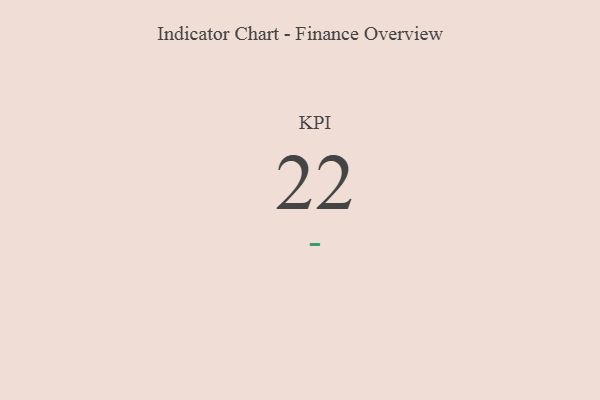
{"axis": {"x": "KPI", "y": "Value"}, "legend": [""], "data": [{"x": "KPI", "y": 22, "type": ""}]}